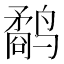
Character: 鹬